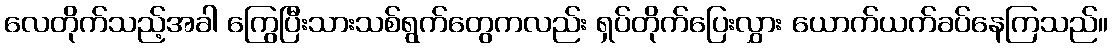
လေတိုက်သည့်အခါ ကြွေပြီးသားသစ်ရွက်တွေကလည်း ရှပ်တိုက်ပြေးလွှား ယောက်ယက်ခပ်နေကြသည်။